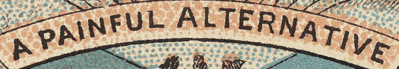
A PAINFUL ALTERNATIVE